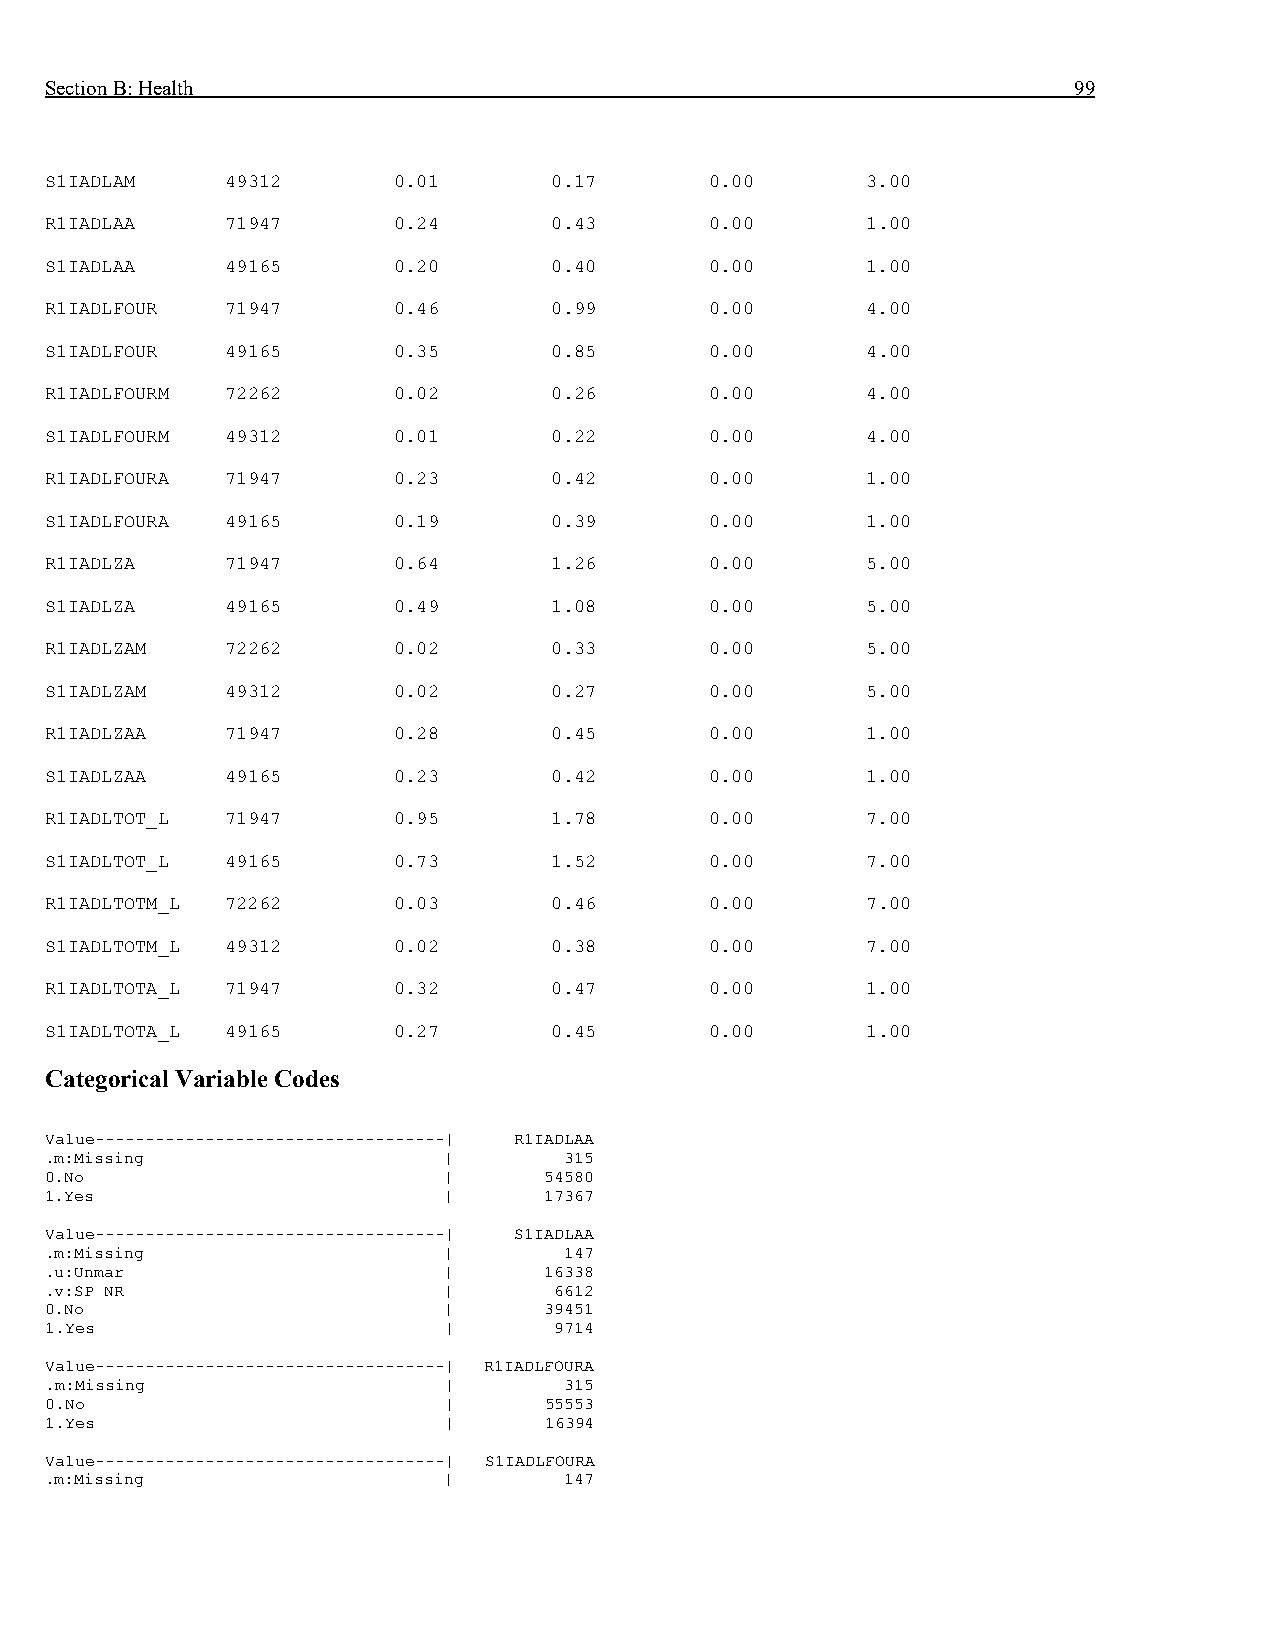
Section B: Health                                                   99
 S1IADLAM    49312      0.01      0.17       0.00      3.00
 R1IADLAA    71947      0.24      0.43       0.00      1.00
 S1IADLAA    49165      0.20      0.40       0.00      1.00
 R1IADLFOUR  71947      0.46      0.99       0.00      4.00
 S1IADLFOUR  49165      0.35      0.85       0.00      4.00
 R1IADLFOURM 72262      0.02      0.26       0.00      4.00
 S1IADLFOURM 49312      0.01      0.22       0.00      4.00
 R1IADLFOURA 71947      0.23      0.42       0.00      1.00
 S1IADLFOURA 49165      0.19      0.39       0.00      1.00
 R1IADLZA    71947      0.64      1.26       0.00      5.00
 S1IADLZA    49165      0.49      1.08       0.00      5.00
 R1IADLZAM   72262      0.02      0.33       0.00      5.00
 S1IADLZAM   49312      0.02      0.27       0.00      5.00
 R1IADLZAA   71947      0.28      0.45       0.00      1.00
 S1IADLZAA   49165      0.23      0.42       0.00      1.00
 R1IADLTOT_L 71947      0.95      1.78       0.00      7.00
 S1IADLTOT_L 49165      0.73      1.52       0.00      7.00
 R1IADLTOTM_L 72262     0.03      0.46       0.00      7.00
 S1IADLTOTM_L 49312     0.02      0.38       0.00      7.00
 R1IADLTOTA_L 71947     0.32      0.47       0.00      1.00
 S1IADLTOTA_L 49165     0.27      0.45       0.00      1.00
 Categorical Variable Codes
 Value-----------------------------------| R1IADLAA
 .m:Missing                |       315
 0.No                      |      54580
 1.Yes                     |      17367
 Value-----------------------------------| S1IADLAA
 .m:Missing                |       147
 .u:Unmar                  |      16338
 .v:SP NR                  |       6612
 0.No                      |      39451
 1.Yes                     |       9714
 Value-----------------------------------| R1IADLFOURA
 .m:Missing                |       315
 0.No                      |      55553
 1.Yes                     |      16394
 Value-----------------------------------| S1IADLFOURA
 .m:Missing                |       147